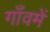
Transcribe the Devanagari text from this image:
गाँवमें